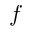
f